Annual report on the health of the army in India
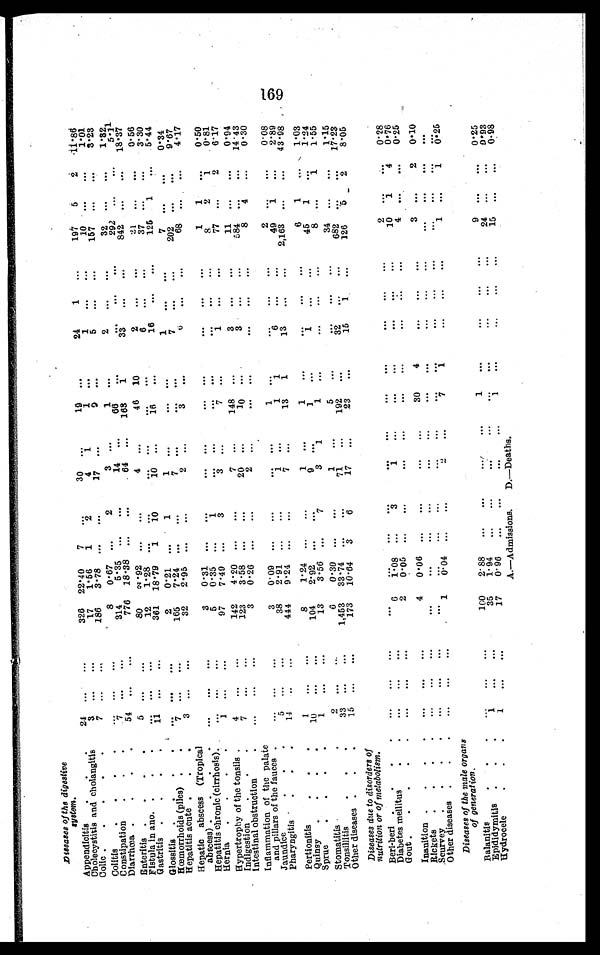
Diseases of the digestive
system.
Appendicitis
.
.
2 4 . . .
. . .
326 22.40 7
. . .
30
. . .
19
. . .
24 1
. . . 197 5
2 11.86
Cholecystitis and cholangitis
3
. . .
1...
17 1.56 1
2
4
1
1
. . .
1
. . .
. . .
1 0 . . .
. . . 1.01
Colic .
. . . .
7
. . .
. . .
186 3.78
. . .
. . .
17 ...
9
. . .
5
. . .
. . .
157
. . .
. . .
3.23
Colitis
. . . . . .
. . .
8 0.67
. . .
2
3 . . .
1
. . .
2
. . .
. . .
3 2 . . .
. . . 1.32
Constipation
. . .
7
. . .
. . .
314
5.35
. . .
. . .
14
. . .
66
. . .
. . .
. . . . . .
292
. . .
. . .
5 . 1 1
Diarrhœa
54
. . .
. . .
776 18.38
. . .
. . .
64
. . . 163 1
3 3
...
. . .
842
. . . . . .
18.37
Enteritis
.
.
.
5
. . .
. . .
80 2. 92
. . .
. . .
4
. . . 46 10
2
...
. . .
21
. . .
. . . 0.56
Fistula in ano. .
.
.
. . . . . .
. . .
12 1.28
. . .
. . . ...
...
. . . . . .
6
. . .
. . .
3 7 . . .
. . .
3.30
Gastritis . . . .
7 . . .
. . .
361 18.79 1 l0
1 0
...
16
. . .
1 6 ...
. . .
125 1
. . .
5 . 4 4
Glossitis . . . .
. . .
. . .
. . .
2
0.21
. . .
1 1
. . .
. . .
. . .
1
...
. . .
7
. . .
. . . 0.34
Hœmorrhoids (piles) .
.
7
. . .
. . .
165 7.24
. . .
. . . 7
. . .
. . .
. . .
1
...
. . .
202 . . .
. . .
9.67
Hepatitis acute .
.
3
. . .
. . .
32 2.95
. . .
. . .
2 ...
3
. . .
6
...
. . .
6 8
. . .
. . . 4.17
Hepatic abscess (Tropical
abscess) .
.
. . .
. . .
. . .
3 0.31
. . .
. . . ...
. . .
. . .
. . .
. . . ...
. . .
1
1
. . .
0.50
Hepatitis chronic (cirrhosis).
. . .
. . .
. . .
5
0.35
. . .
1
...
. . .
. . .
. . .
...
. . .
8
2
1
0.81
Hernia .
.
.
.
1
. . .
. . .
97 7.49
. . .
3
3
...
7
. . .
1 ...
. . .
77 . . .
2
6.17
Hypertrophy of the tonsils .
4
. . .
. . .
142 4.20
. . .
. . .
7
. . . 148
. . .
3 ...
. . .
11
. . .
. . . 0.94
Indigestion
.
.
.
7
. . .
. . .
123 3.58
. . .
. . .
20 ...
1 0
. . .
3 ...
. . .
584
. . .
. . .
14.43
Intestinal obstruction-
. . .
. . .
. . .
3 0.26
. . .
. . . 2
. . .
. . .
. . .
. . .
. . .
. . .
8 4
. . .
0.30
Inflammation of the palate
and pillars of the fauces
. . . . . .
. . .
3 0.09
. . .
. . . ...
. . .
1
. . .
. . . ...
. . .
2 . . .
. . .
0.08
Jaundice
5 . . .
. . .
3 8 2.91
. . . . . .
1
...
1
1
6
. . .
. . .
49
1
. . .
2.89
Pharyngitis
.
.
.
14
. . .
. . .
444 9.24
. . .
. . .
7
...
13 1
13
. . .
. . .
2,163 . . .
. . .
43.98
Pertionitis
1
. . .
. . .
8
1.24
. . .
. . .
1
. . .
1
. . .
. . . ...
. . .
6
1
. . . 1.03
Quinsy .
.
.
.
1 0
. . .
. . .
104
2.92 . . .
. . .
9
. . .
1
. . .
1
. . .
. . .
4 5 1
. . . 1.24
Sprue
. . . .
1
. . .
. . .
13
3.56
. . .
7
3
1
1
. . .
. . .
. . . . . .
8
. . .
1
1.55
Stomatitis
2
. . .
. . .
6
0.30 . . .
. . .
1
. . . 5
34
1.15
Tonsillitis
33
. . .
. . .
1,453 33.74 . . .
. . .
71
...
192
. . .
3 2
. . .
. . .
682
. . .
. . . 17.23
Other diseases . . .
15
. . .
. . .
173 10.64 3
6
17
...
23
. . .
15
1
. . .
126
5
2
8.05
Diseases due to disorders of
nutrition or of metabolism.
Beri-beri. . . .
. . .
. . .
. . .
. . . ...
. . .
. . .
. . .
. . .
. . .
. . .
. . .
. . .
. . .
2
. . .
. . . 0.28
Diabetes mellitus
. .
. . .
. . .
. . .
6 1.08
. . . 3
1
. . .
. . .
. . .
. . . ...
. . .
10
1
4
0.76
Gout
. . .
. . .
. . .
2 0.05
. . .
. . .
. . .
. . .
. . .
. . .
. . .
. . .
. . .
4 . . .
. . .
0.25
Inanition .
.
.
.
. . .
. . .
. . .
4 0.06
. . .
. . .
. . .
. . .
30
4
. . .
. . .
. . .
3
. . .
2 0.10
Rickets . . . .
. . .
. . .
. . .
. . .
. . .
. . .
. . .
. . .
. . .
. . .
. . .
. . .
. . .
. . .
. . . . . .
. . . ...
Scurvey . . . .
. . .
. . .
. . .
. . .
...
. . .
. . .
. . .
. . .
. . .
. . .
. . .
...
. . .
. . .
. . .
. . .
...
Other diseases .
.
.
. . .
. . .
. . .
1 0.04
. . .
. . .
2
. . .
7
1
. . .
. . .
. . .
1
. . .
1 0.25
Diseases of the male organs
of generation.
. . .
Balanitis
. . .
. . .
. . .
100 2.88
. . .
. . .
. . . . . .
1
. . .
. . .
. . . . . .
. . . . . .
. . . 0.25
Epididymitis . . .
1
. . .
. . .
35 1.94
. . .
. . .
. . .
. . .
. . .
. . .
. . .
. . . . . .
24 . . .
. . .
0.93
Hydrocele
1
. . .
. . .
17 0.96
. . .
. . .
. . . . . .
1
. . .
. . .
. . . . . .
15
. . .
. . .
0.98
A.—Admissions. D.—Deaths.
169C9